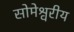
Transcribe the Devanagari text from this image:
सोमेश्वरीय